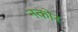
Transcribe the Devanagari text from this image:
नकोर